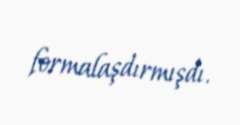
formalaşdırmışdı.